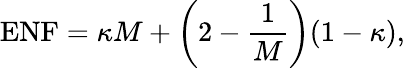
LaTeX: {\mathrm{ENF}}=\kappa M+\left(2-{\frac{1}{M}}\right)(1-\kappa),